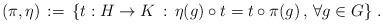
LaTeX: \begin{align*}(\pi,\eta) \, := \, \{ t : H \to K \, : \, \eta(g) \circ t = t \circ \pi(g) \, , \, \forall g \in G \} \ .\end{align*}